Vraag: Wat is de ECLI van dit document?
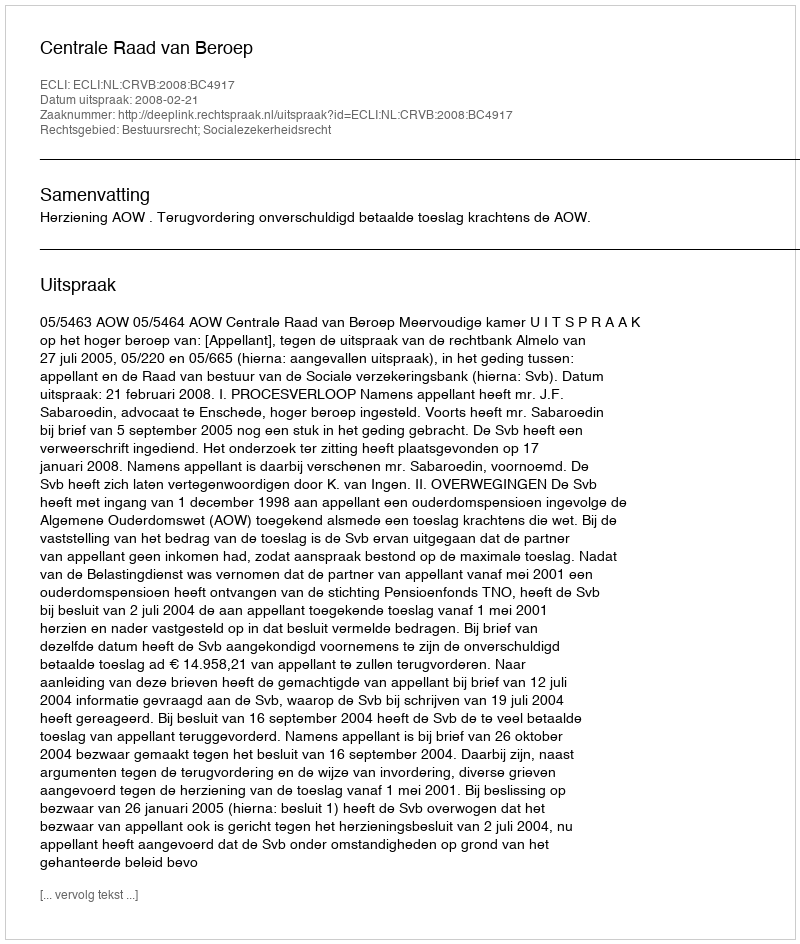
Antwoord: ECLI:NL:CRVB:2008:BC4917